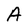
Character: A